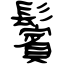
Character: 鬢